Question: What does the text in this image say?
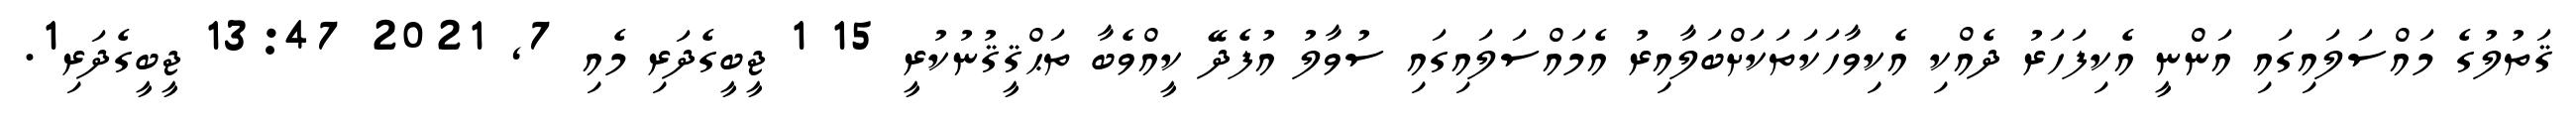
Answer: ޤަތުލުގެ މައްސަލައިގައި އަންނީ އެކިފަހަރު ދެއްކި އެކިވާހަކަތަކަށްބަލާއިރު އެމައްސަލައިގައި ސުވާލު އުފެދޭ ކީއްވެބާ ތަޙްޤީޤުނުކުރީ 15 1 ޖީބީގެދަރި މެއި 7, 2021 13:47 ޖީބީގެދަރި1.